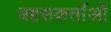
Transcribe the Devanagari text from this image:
बहसकर्ताओं